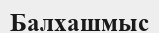
Балхашмыс